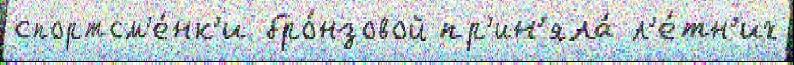
спортсм'е́нк'и бро́нзовой пр'ин'яла́ л'е́тн'их